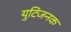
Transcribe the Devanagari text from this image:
युटिजनक